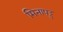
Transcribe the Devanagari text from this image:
मिनापट्टु